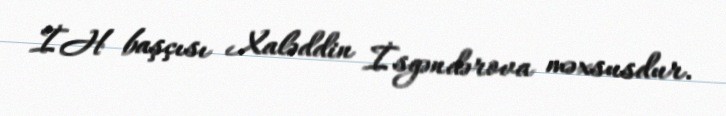
İH başçısı Xaləddin İsgəndərova məxsusdur.